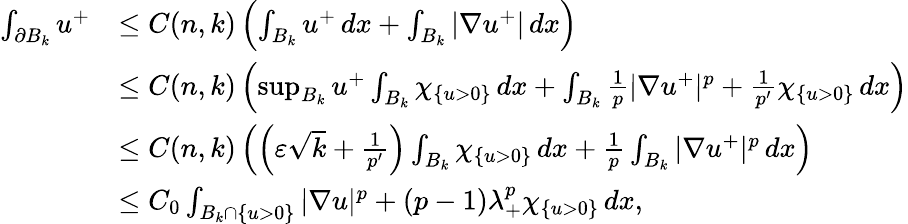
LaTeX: \begin{array}{rl}{\int_{\partial B_{k}}u^{+}}&{\leq C(n,k)\left(\int_{B_{k}}u^{+}\, dx+\int_{B_{k}}|\nabla u^{+}|\, dx\right)}\\ &{\leq C(n,k)\left(\operatorname*{sup}_{B_{k}}u^{+}\int_{B_{k}}\chi_{\{ u>0\} }\, dx+\int_{B_{k}}\frac{1}{p}|\nabla u^{+}|^{p}+\frac{1}{p^{\prime}}\chi_{\{ u>0\} }\, dx\right)}\\ &{\leq C(n,k)\left(\Big(\varepsilon\sqrt{k}+\frac{1}{p^{\prime}}\Big)\int_{B_{k}}\chi_{\{ u>0\} }\, dx+\frac{1}{p}\int_{B_{k}}|\nabla u^{+}|^{p}\, dx\right)}\\ &{\leq C_{0}\int_{B_{k}\cap\{ u>0\} }|\nabla u|^{p}+(p-1)\lambda_{+}^{p}\chi_{\{ u>0\} }\, dx,}\end{array}